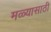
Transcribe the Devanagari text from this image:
मळ्यासाठी